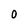
Character: O